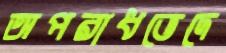
অপরাধভেদে